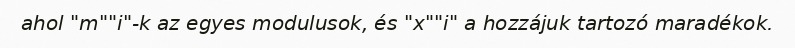
ahol "m""i"-k az egyes modulusok, és "x""i" a hozzájuk tartozó maradékok.